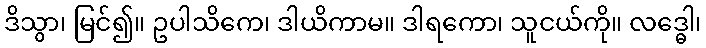
ဒိသွာ၊ မြင်၍။ ဥပါသိကေ၊ ဒါယိကာမ။ ဒါရကော၊ သူငယ်ကို။ လဒ္ဓေါ၊